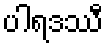
ပါရဒဿီ